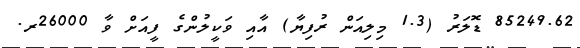
85249.62 ޑޮލަރު (1.3 މިލިއަން ރުފިޔާ) އާއި ވަކީލުންގެ ފީއަށް ވާ 26000ރ.